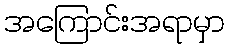
အကြောင်းအရာမှာ